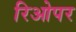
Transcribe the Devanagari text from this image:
रिओपर